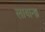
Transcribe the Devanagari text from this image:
लायान्झ